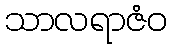
သာလရာဇံဝ